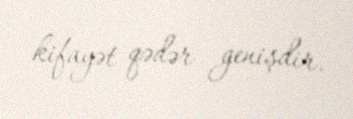
kifayət qədər genişdir.